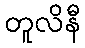
တူလိနီ